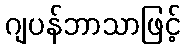
ဂျပန်ဘာသာဖြင့်